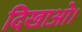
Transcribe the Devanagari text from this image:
दिखाओ।